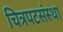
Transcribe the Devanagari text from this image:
चित्रपटसंस्था